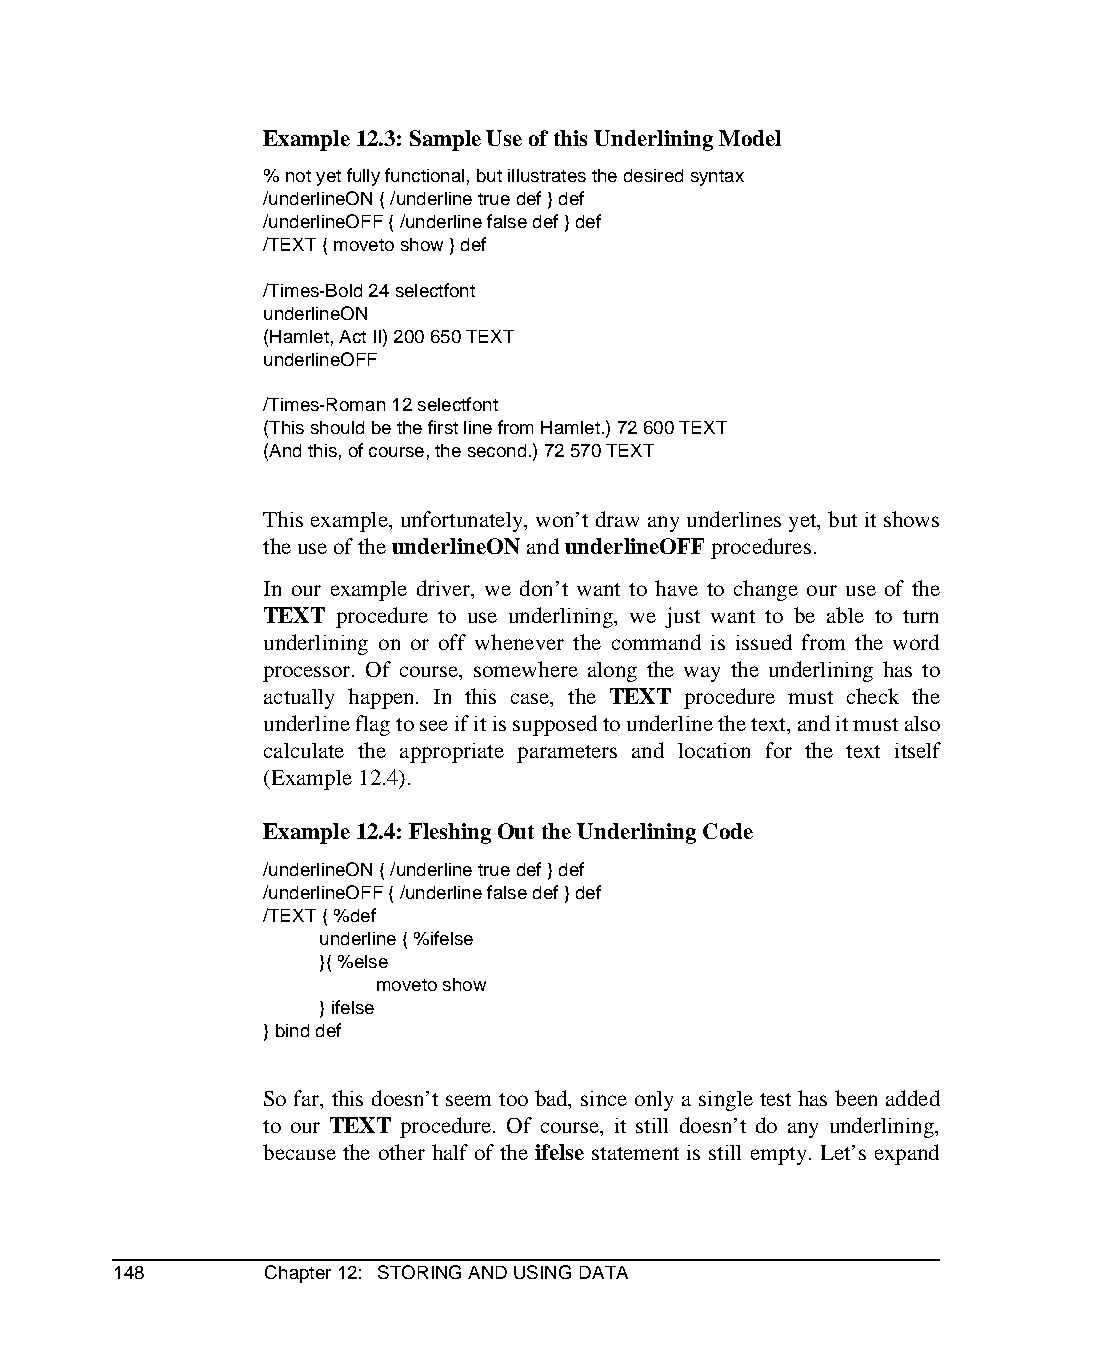
Example 12.3: Sample Use of this Underlining Model
 % not yet fully functional, but illustrates the desired syntax
 /underlineON { /underline true def } def
 /underlineOFF { /underline false def } def
 /TEXT { moveto show } def
 /Times-Bold 24 selectfont
 underlineON
 (Hamlet, Act II) 200 650 TEXT
 underlineOFF
 /Times-Roman 12 selectfont
 (This should be the first line from Hamlet.) 72 600 TEXT
 (And this, of course, the second.) 72 570 TEXT
 This example, unfortunately, won’t draw any underlines yet, but it shows
 the use of the underlineON and underlineOFF procedures.
 In our example driver, we don’t want to have to change our use of the
 TEXT procedure to use underlining, we just want to be able to turn
 underlining on or off whenever the command is issued from the word
 processor. Of course, somewhere along the way the underlining has to
 actually happen. In this case, the TEXT procedure must check the
 underline flag to see if it is supposed to underline the text, and it must also
 calculate the appropriate parameters and location for the text itself
 (Example 12.4).
 Example 12.4: Fleshing Out the Underlining Code
 /underlineON { /underline true def } def
 /underlineOFF { /underline false def } def
 /TEXT { %def
 underline { %ifelse
 }{ %else
 moveto show
 } ifelse
 } bind def
 So far, this doesn’t seem too bad, since only a single test has been added
 to our TEXT procedure. Of course, it still doesn’t do any underlining,
 because the other half of the ifelse statement is still empty. Let’s expand
 148       Chapter 12: STORING AND USING DATA